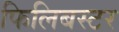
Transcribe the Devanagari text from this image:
फिलिबस्टर